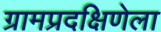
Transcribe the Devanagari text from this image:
ग्रामप्रदक्षिणेला